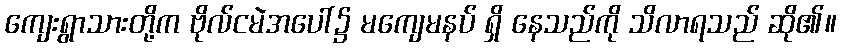
ကျေးရွာသားတို့က ဗိုလ်ငမဲအပေါ်၌ မကျေမနပ် ရှိ နေသည်ကို သိလာရသည် ဆို၏။